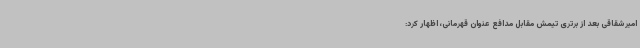
امیرشقاقی بعد از برتری تیمش مقابل مدافع عنوان قهرمانی، اظهار کرد: